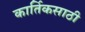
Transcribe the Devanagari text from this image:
कार्तिकसाठी